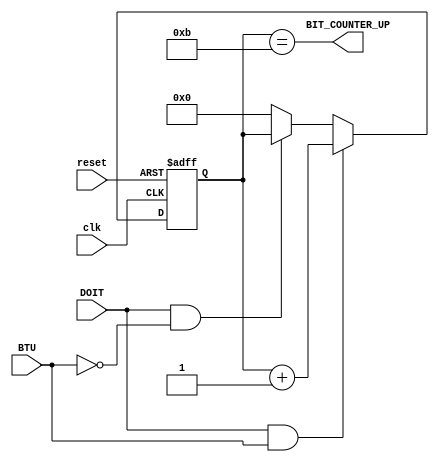
`timescale 1ns / 1ps
//****************************************************************//
//																						//
//  Created by Jacob Nguyen on 10/01/18.                          //
//  Copyright  2018 Jacob Nguyen. All rights reserved.           //
//																						//
//	 Abstract: Counter to keep track of how many bits are being		//
//				  sent to the Tx signal. For our UART, it is always	//
//				  11 bits. Once the counter reaches 11, transmission	//
//				  will complete and Tx Ready will be asserted again.	//
//																						//
//  In submitting this file for class work at CSULB               //
//  I am confirming that this is my work and the work             //
//  of no one else. In submitting this code I acknowledge that 	//
//  plagiarism in student project work is subject to dismissal 	//
//  from the class 																//
//****************************************************************//
module BIT_COUNTER(clk, reset, DOIT, BTU, BIT_COUNTER_UP);

	input clk, reset, DOIT, BTU;
	output BIT_COUNTER_UP;
	
	reg [3:0] BIT_COUNTER;
	
	assign BIT_COUNTER_UP = (BIT_COUNTER == 11);
	
	always @(posedge clk, posedge reset) 
		if (reset)		  BIT_COUNTER <= 4'b0; else
		if (DOIT & BTU)  BIT_COUNTER <= BIT_COUNTER + 4'b1; else
		if (DOIT & ~BTU) BIT_COUNTER <= BIT_COUNTER; else
							  BIT_COUNTER <= 4'b0;
	

endmodule